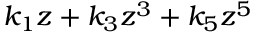
k _ { 1 } z + k _ { 3 } z ^ { 3 } + k _ { 5 } z ^ { 5 }